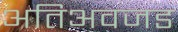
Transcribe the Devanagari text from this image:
अतिअवजड